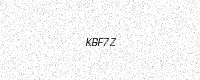
Text: KBF7Z